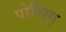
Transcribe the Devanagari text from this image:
पोप्पिग्